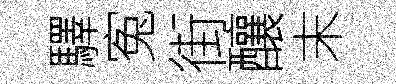
驛寃街釀末